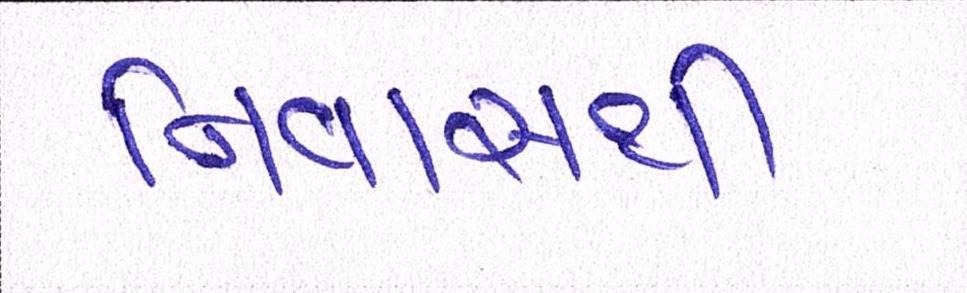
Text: નિવાસથી